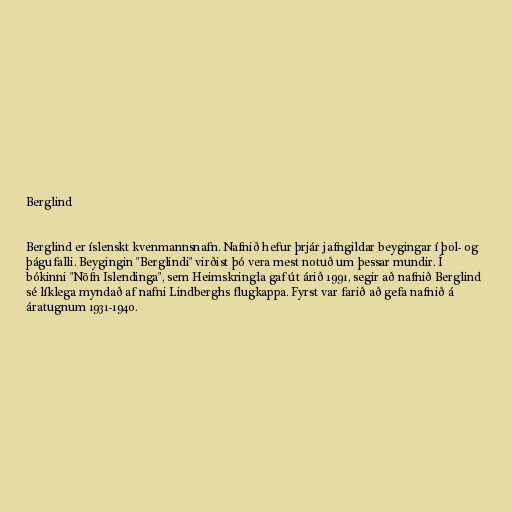
Berglind

Berglind er íslenskt kvenmannsnafn. Nafnið hefur þrjár jafngildar beygingar í þol- og
þágufalli. Beygingin "Berglindi" virðist þó vera mest notuð um þessar mundir. Í
bókinni "Nöfn Islendinga", sem Heimskringla gaf út árið 1991, segir að nafnið Berglind
sé líklega myndað af nafni Lindberghs flugkappa. Fyrst var farið að gefa nafnið á
áratugnum 1931-1940.